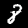
Label: 8